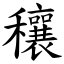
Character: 穰